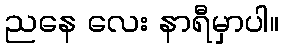
ညနေ လေး နာရီမှာပါ။